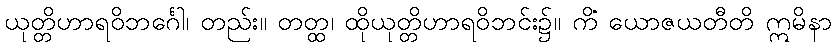
ယုတ္တိဟာရဝိဘင်္ဂေါ၊ တည်း။ တတ္ထ၊ ထိုယုတ္တိဟာရဝိဘင်း၌။ ကိံ ယောဇယတီတိ ဣမိနာ